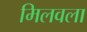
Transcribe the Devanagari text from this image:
मिलवला